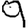
Digit: 9